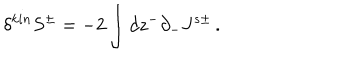
\delta ^ { k i n } S ^ { \pm } = - 2 \int d z ^ { - } \partial _ { - } J ^ { s \pm } \, .